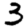
Digit: 3